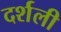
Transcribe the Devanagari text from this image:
दर्शली